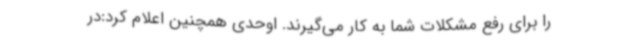
را برای رفع مشکلات شما به کار می‌گیرند. اوحدی همچنین اعلام کرد:در